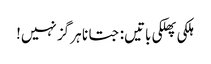
ہلکی پھلکی باتیں: جتانا ہر گز نہیں!